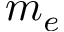
m _ { e }